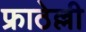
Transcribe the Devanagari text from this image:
फ्राठेल्ली